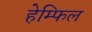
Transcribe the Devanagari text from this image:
हेम्फिल